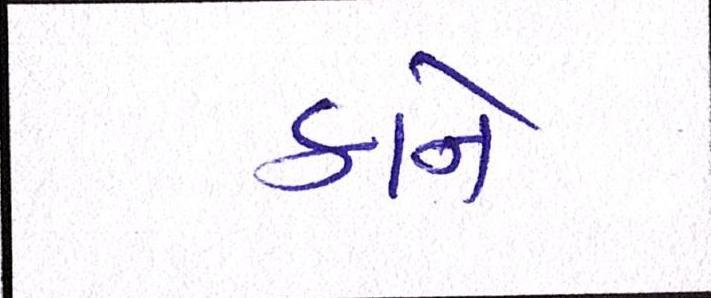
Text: કાને